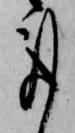
事